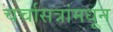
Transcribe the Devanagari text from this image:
चर्चासत्रांमधून